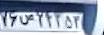
۷۶ص۲۴۴۵۳